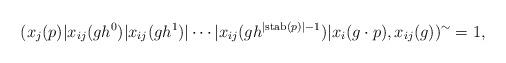
LaTeX: \begin{align*} (x_j(p)\vert x_{ij}(gh^0)\vert x_{ij}(gh^1)\vert \cdots\vert x_{ij}(gh^{\vert \mathrm{stab}(p)\vert-1} )\vert x_i(g\cdot p),x_{ij}(g))^\sim=1,\\\end{align*}